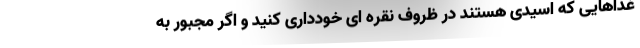
غذاهایی که اسیدی هستند در ظروف نقره ای خودداری کنید و اگر مجبور به